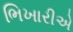
ભિખારીએ